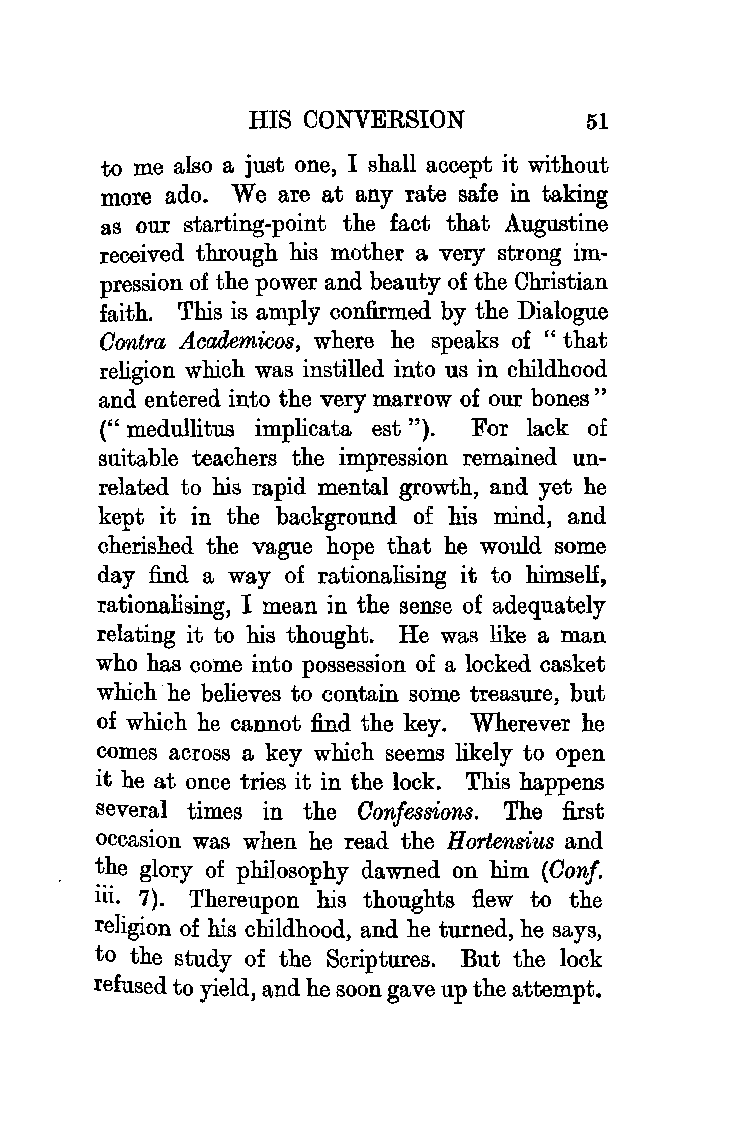
HIS CONVERSION        51
 to me also a just one, I shall accept it without
 more ado. We are at any rate safe in taking
 as our starting-point the fact that Augustine
 received through his mother a very strong im
 pression of the power and beauty of the Christian
 faith. This is amply confirmed by the Dialogue
 Contra Aca.demicos, where he speaks of "that
 religion which was instilled into us in childhood
 and entered into the very marrow of our bones"
 (" medullitus implicata est "). For lack of
 suitable teachers the impression remained un
 related to his rapid mental growth, and yet he
 kept it in the background of his mind, and
 cherished the vague hope that he would some
 day find a way of rationalising it to himself,
 rationalising, I mean in the sense of adequately
 relating it to his thought. He was like a man
 who has come into possession of a locked casket
 which he believes to contain some treasure, but
 of which he cannot find the key. Wherever he
 comes across a key which seems likely to open
 it he at once tries it in the lock. This happens
 several times in the Confessions. The :first
 occasion was when he read the Hortensius and
 the glory of philosophy dawned on him (Oonf.
 iii. 7). Thereupon his thoughts flew to the
 religion of his childhood, and he turned, he says,
 to the study of the Scriptures. But the lock
 refused to yield, and he soon gave up the attempt.